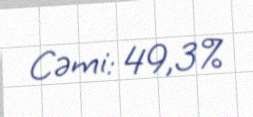
Cəmi: 49,3%